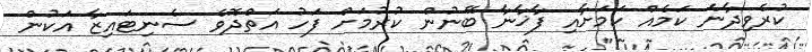
ކުރެވިދާނެ ކަމެއް ކަމަށާއި ފާޚާނާ ބޭނުން ކުރުމަށް ފަހު އަތްދޮވެ ސެނިޓައިޒާ އަކުން